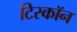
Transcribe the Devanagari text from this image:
टिस्कॉन